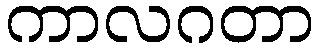
ကာလဂတာ